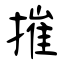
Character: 摧